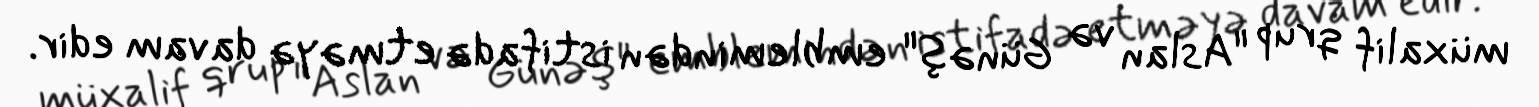
müxalif qrup "Aslan və Günəş" emblemindən istifadə etməyə davam edir.